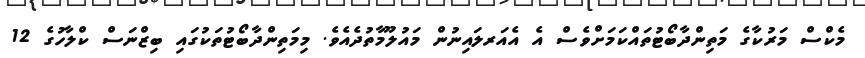
މެކްސް މަރުކާގެ މަތިންދާބޯޓުތައްކަމަށްވެސް އެ އެއަރލައިނުން މައުލޫމާތުދެއެވެ. މިމަތިންދާބޯޓުތަކުގައި ބިޒްނަސް ކްލާހުގެ 12